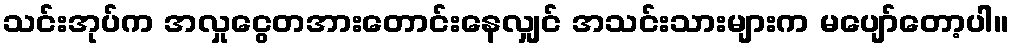
သင်းအုပ်က အလှုငွေတအားတောင်းနေလျှင် အသင်းသားများက မပျော်တော့ပါ။